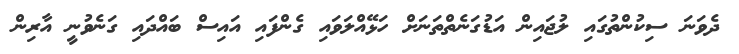
ދެވަނަ ސިކުންތުގައި ލުޖައިން އަޑުގަނެތްތަނަށް ހަޅޭއްލަވައި ގެންފައި އައިސް ބައްދައި ގަނެވުނީ އާރިން